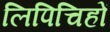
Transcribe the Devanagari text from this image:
लिपिचिहों